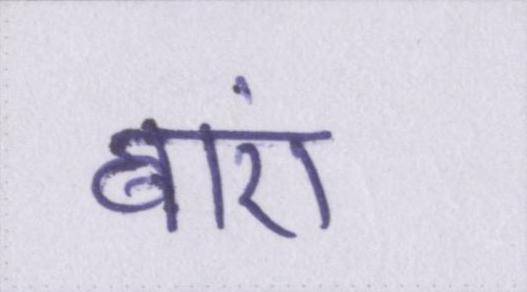
बाएं